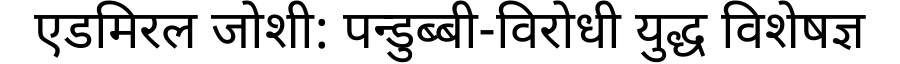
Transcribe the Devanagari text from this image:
एडमिरल जोशी: पन्डुब्बी-विरोधी युद्ध विशेषज्ञ